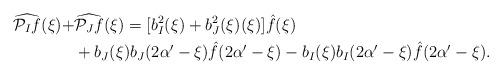
LaTeX: \begin{align*}\widehat{\mathcal{P}_If}(\xi)+&\widehat{\mathcal{P}_Jf}(\xi)=[b_I^2(\xi)+b_J^2(\xi)(\xi)]\hat{f}(\xi) \\&+ b_J(\xi)b_J(2\alpha'-\xi)\hat{f}(2\alpha'-\xi)-b_I(\xi)b_I(2\alpha'-\xi)\hat{f}(2\alpha'-\xi). \end{align*}